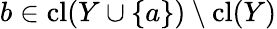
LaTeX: b\in\operatorname{cl}(Y\cup\{ a\} )\setminus\operatorname{cl}(Y)